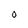
Character: O